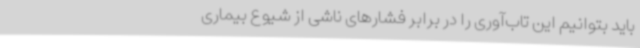
باید بتوانیم این تاب‌آوری را در برابر فشارهای ناشی از شیوع بیماری